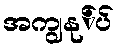
အကျွနု်ပ်